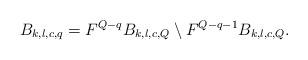
LaTeX: \begin{align*}B_{k,l,c,q} = F^{Q-q} B_{k,l,c,Q} \setminus F^{Q-q-1} B_{k,l,c,Q} .\end{align*}